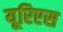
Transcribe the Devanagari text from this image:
यूरिएस